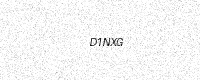
Text: D1NXG